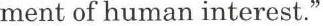
ment of human interest."